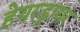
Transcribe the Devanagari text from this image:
हेयरड्रायर